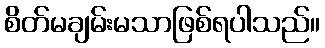
စိတ်မချမ်းမသာဖြစ်ရပါသည်။